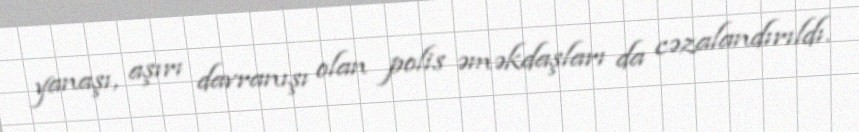
yanaşı, aşırı davranışı olan polis əməkdaşları da cəzalandırıldı.